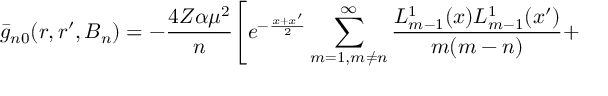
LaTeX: \bar { g } _ { n 0 } ( r , r ^ { \prime } , B _ { n } ) = - \frac { 4 Z \alpha \mu ^ { 2 } } { n } \Biggl [ e ^ { - \frac { x + x ^ { \prime } } { 2 } } \sum _ { m = 1 , m \neq n } ^ { \infty } \frac { L _ { m - 1 } ^ { 1 } ( x ) L _ { m - 1 } ^ { 1 } ( x ^ { \prime } ) } { m ( m - n ) } +